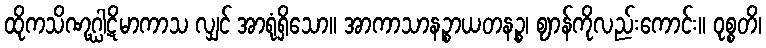
ထိုကသိဏုဂ္ဃါဋိမာကာသ လျှင် အာရုံရှိသော။ အာကာသာနဉ္စာယတနဉ္စ၊ ဈာန်ကိုလည်းကောင်း။ ဝုစ္စတိ၊